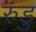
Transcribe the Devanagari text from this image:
रुंडु